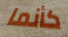
كأنما